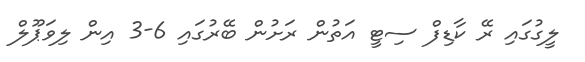
ލީގުގައި ރޭ ކާޑިފް ސިޓީ އަތުން ރަށުން ބޭރުގައި 6-3 އިން ލިވަޕޫލް